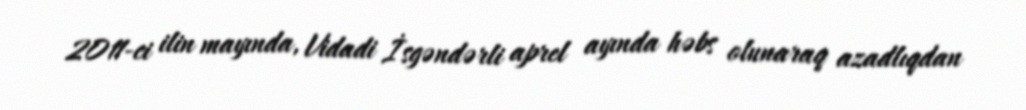
2011-ci ilin mayında, Vidadi İsgəndərli aprel ayında həbs olunaraq azadlıqdan